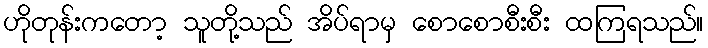
ဟိုတုန်းကတော့ သူတို့သည် အိပ်ရာမှ စောစောစီးစီး ထကြရသည်။